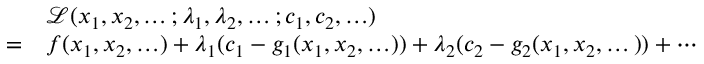
{ \begin{array} { r l } & { { \mathcal { L } } ( x _ { 1 } , x _ { 2 } , \ldots ; \lambda _ { 1 } , \lambda _ { 2 } , \ldots ; c _ { 1 } , c _ { 2 } , \ldots ) } \\ { = } & { f ( x _ { 1 } , x _ { 2 } , \ldots ) + \lambda _ { 1 } ( c _ { 1 } - g _ { 1 } ( x _ { 1 } , x _ { 2 } , \ldots ) ) + \lambda _ { 2 } ( c _ { 2 } - g _ { 2 } ( x _ { 1 } , x _ { 2 } , \dots ) ) + \cdots } \end{array} }